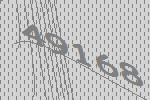
49168